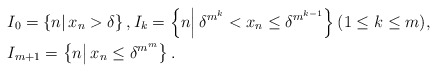
\begin{align*} & I_0 = \left\{n \middle|\, x_n >\delta\right\}, I_k = \left\{n \middle|\, \delta^{m^k} < x_n \leq \delta^{m^{k-1}}\right\} (1\leq k \leq m), \\ & I_{m+1} = \left\{n \middle|\, x_n \leq \delta^{m^m}\right\}.\end{align*}